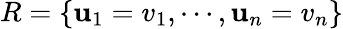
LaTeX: R=\{ \mathbf{u}_{1}=v_{1},\cdots,\mathbf{u}_{n}=v_{n}\}